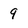
Character: 9